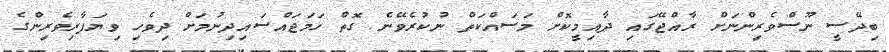
ބިދޭސީ ނޫސްވެރިންނަށް ރާއްޖޭގައި ދާއިމީކޮށް މަސައްކަތް ނުކުރެވޭނެ ގޮތް ހަމަޖައްސައިދިނުމަށް ދިވެހި ވިޔަފާރިވެރިންގެ